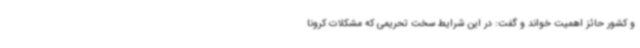
و کشور حائز اهمیت خواند و گفت: در این شرایط سخت تحریمی که مشکلات کرونا